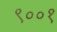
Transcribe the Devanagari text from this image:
९००१